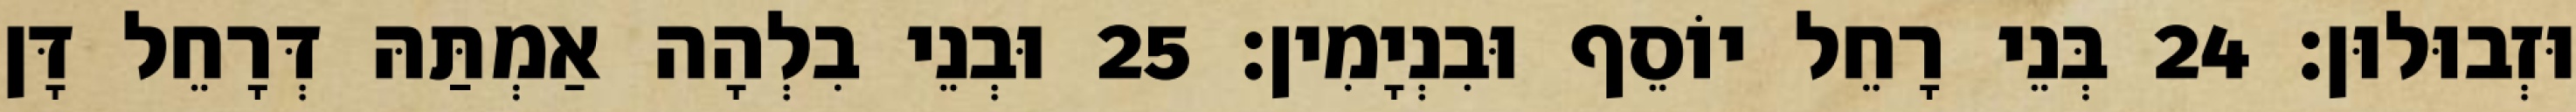
וּזְבוּלוּן׃ 24 בְּנֵי רָחֵל יוֹסֵף וּבִנְיָמִין׃ 25 וּבְנֵי בִלְהָה אַמְתַּהּ דְּרָחֵל דָּן